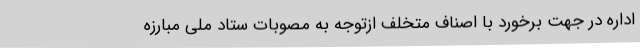
اداره در جهت برخورد با اصناف متخلف ازتوجه به مصوبات ستاد ملی مبارزه